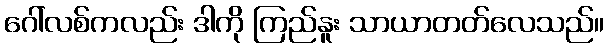
ဂေါ်လစ်ကလည်း ဒါကို ကြည်နူး သာယာတတ်လေသည်။